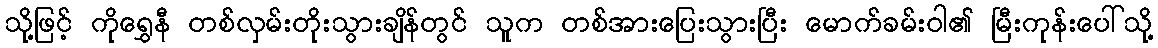
သို့ဖြင့် ကိုရွှေနီ တစ်လှမ်းတိုးသွားချိန်တွင် သူက တစ်အားပြေးသွားပြီး မောက်ခမ်းဝါ၏ မြီးကုန်းပေါ်သို့